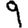
Digit: 9